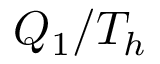
Q _ { 1 } / T _ { h }